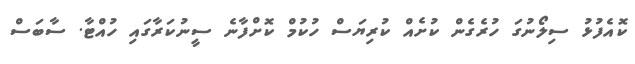
ކޮއެފުޅު ސިލޯނުގަ ހުރެގެން ކުށެއް ކުރިޔަސް ހުކުމް ކޮށްފާނެ ސީނުކަރާގައި ހުއްޓާ. ސާބަސް